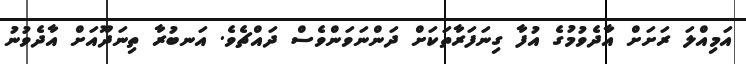
އަމިއްލަ ރަށަށް އާދެވުމުގެ އުފާ ގިނަފަރާތަކަށް ދަންނަވަންވެސް ދައްޗެވެ. އަނބުރާ ތިނަދޫއަށް އާދެވުނު